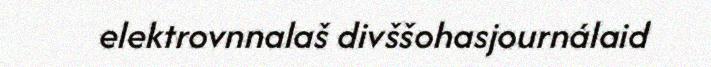
elektrovnnalaš divššohasjournálaid